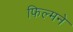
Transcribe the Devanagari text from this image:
फिल्मने